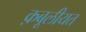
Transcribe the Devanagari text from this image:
क़बूलीयत